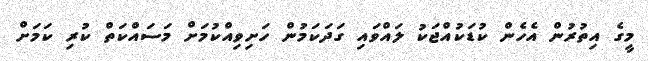
މީގެ އިތުރުން އެހެން ކުޑަކުއްޖަކު ލައްވައި ގަދަކަމުން ހަށިވިއްކުމަށް މަސައްކަތް ކުރި ކަމަށް